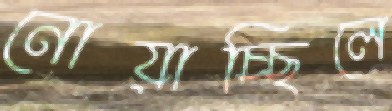
নোয়াচ্ছিলে